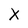
Character: X